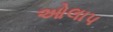
ઓલાપ